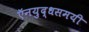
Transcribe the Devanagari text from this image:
ऍनयुद्धसमयी